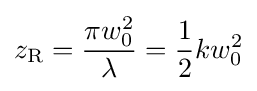
z_{\mathrm {R} }={\frac {\pi w_{0}^{2}}{\lambda }}={\frac {1}{2}}kw_{0}^{2}